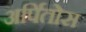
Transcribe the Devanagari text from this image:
अर्पितोस